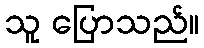
သူ ပြောသည်။